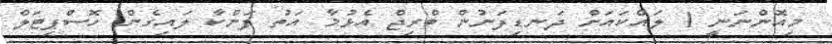
މިއޮންނަނީ 1 ލައްކައަށް ދަނޑިފަނުން ބްރިޖް އެޅުމާ އަތު ފަންކާ ލައިގެން ހޮސްޕިޓަލް